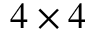
4 \times 4